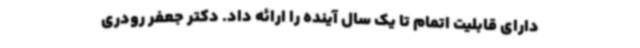
دارای قابلیت اتمام تا یک سال آینده را ارائه داد. دکتر جعفر رودری